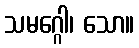
သမဂ္ဂေါ၊ သော။